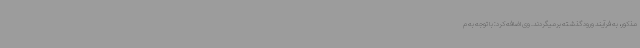
مذکور، به فرآیند ورود گذشته برمیگردند. وی اضافه کرد: با توجه به م